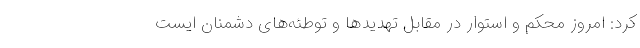
کرد: امروز محکم و استوار در مقابل تهدیدها و توطئه‌های دشمنان ایست